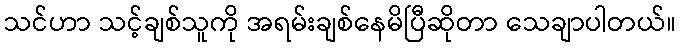
သင်ဟာ သင့်ချစ်သူကို အရမ်းချစ်နေမိပြီဆိုတာ သေချာပါတယ်။